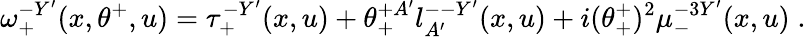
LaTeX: \omega_{+}^{-Y^{\prime}}(x,\theta^{+},u)=\tau_{+}^{-Y^{\prime}}(x,u)+\theta_{+}^{+A^{\prime}}l_{A^{\prime}}^{--Y^{\prime}}(x,u)+i(\theta_{+}^{+})^{2}\mu_{-}^{-3Y^{\prime}}(x,u)\; .